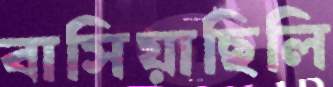
বাসিয়াছিলি